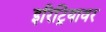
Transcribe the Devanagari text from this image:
इरिट्रियावर